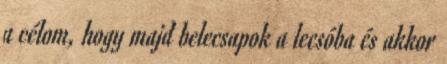
a célom, hogy majd belecsapok a lecsóba és akkor